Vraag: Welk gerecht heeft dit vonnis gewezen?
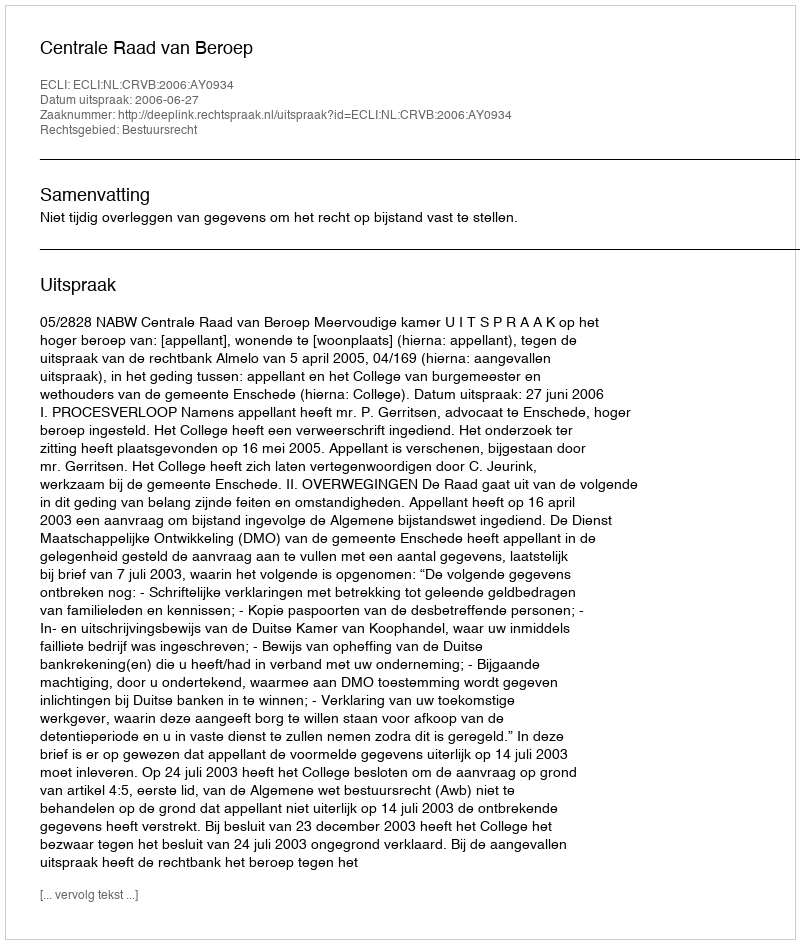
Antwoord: Centrale Raad van Beroep